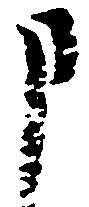
申